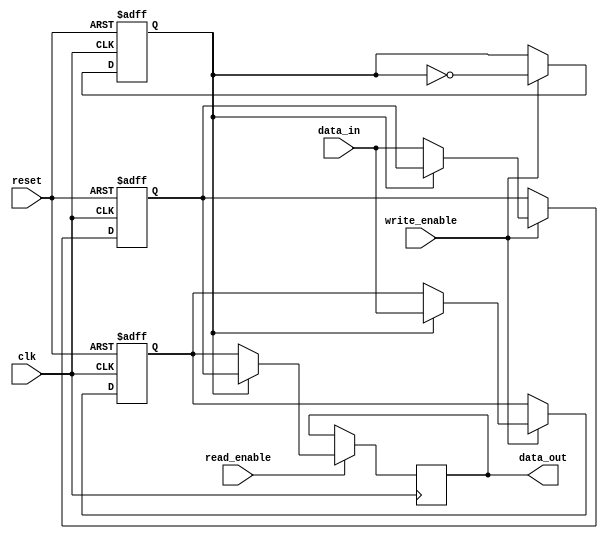
module double_buffer_register (
    input wire clk,
    input wire reset,
    input wire [7:0] data_in,      // Assuming 8-bit data input
    input wire write_enable,
    input wire read_enable,
    output reg [7:0] data_out       // Assuming 8-bit data output
);

    // Internal registers for the double buffer
    reg [7:0] buffer_a;
    reg [7:0] buffer_b;
    reg active_buffer; // 0 for buffer_a, 1 for buffer_b

    // Asynchronous reset and data writing
    always @(posedge clk or posedge reset) begin
        if (reset) begin
            buffer_a <= 8'b0;
            buffer_b <= 8'b0;
            active_buffer <= 1'b0; // Start with buffer_a as active
        end else begin
            if (write_enable) begin
                if (active_buffer == 1'b0) begin
                    buffer_a <= data_in; // Write to buffer_a
                end else begin
                    buffer_b <= data_in; // Write to buffer_b
                end
                active_buffer <= ~active_buffer; // Toggle active buffer
            end
        end
    end

    // Data reading
    always @(posedge clk) begin
        if (read_enable) begin
            if (active_buffer == 1'b0) begin
                data_out <= buffer_b; // Read from buffer_b
            end else begin
                data_out <= buffer_a; // Read from buffer_a
            end
        end
    end

endmodule